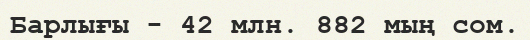
Барлығы - 42 млн. 882 мың сом.